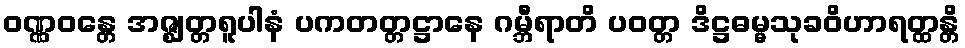
ဝဏ္ဏဝန္တေ အဇ္ဈတ္တရူပါနံ ပကတတ္တဋ္ဌာနေ ဂမ္ဘီရာတိ ပဝတ္တ ဒိဋ္ဌဓမ္မသုခဝိဟာရတ္ထန္တိ